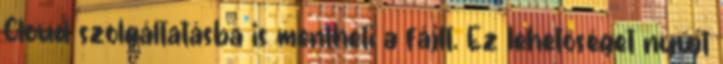
Cloud szolgáltatásba is mentheti a fájlt. Ez lehetőséget nyújt